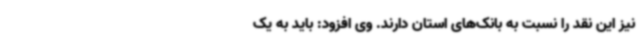
نیز این نقد را نسبت به بانک‌های استان دارند. وی افزود: باید به یک